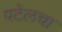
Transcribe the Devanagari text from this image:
पटेलचा